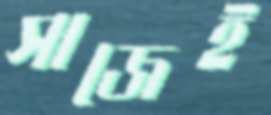
সাজেই